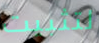
لتثبيت